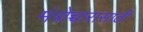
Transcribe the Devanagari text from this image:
मंत्रोच्चारासाठी